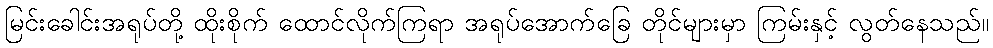
မြင်းခေါင်းအရုပ်တို့ ထိုးစိုက် ထောင်လိုက်ကြရာ အရုပ်အောက်ခြေ တိုင်များမှာ ကြမ်းနှင့် လွတ်နေသည်။